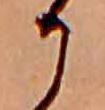
か